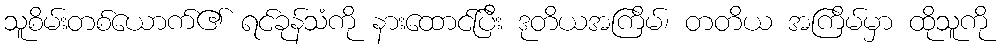
သူစိမ်းတစ်ယောက်၏ ရင်ခုန်သံကို နားထောင်ပြီး ဒုတိယအကြိမ်၊ တတိယ အကြိမ်မှာ ထိုသူကို